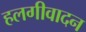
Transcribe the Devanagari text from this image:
हलगीवादन